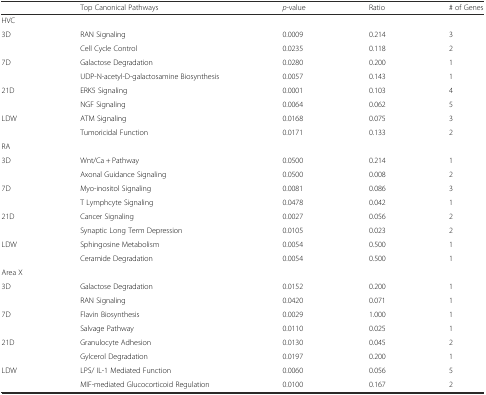
<table><thead><tr><td></td><td><b>Top Canonical Pathways</b></td><td><b><i>p</i>-value</b></td><td><b>Ratio</b></td><td><b># of Genes</b></td></tr></thead><tbody><tr><td colspan="5">HVC</td></tr><tr><td rowspan="2">3D</td><td>RAN Signaling</td><td>0.0009</td><td>0.214</td><td>3</td></tr><tr><td>Cell Cycle Control</td><td>0.0235</td><td>0.118</td><td>2</td></tr><tr><td rowspan="2">7D</td><td>Galactose Degradation</td><td>0.0280</td><td>0.200</td><td>1</td></tr><tr><td>UDP-N-acetyl-D-galactosamine Biosynthesis</td><td>0.0057</td><td>0.143</td><td>1</td></tr><tr><td rowspan="2">21D</td><td>ERK5 Signaling</td><td>0.0001</td><td>0.103</td><td>4</td></tr><tr><td>NGF Signaling</td><td>0.0064</td><td>0.062</td><td>5</td></tr><tr><td rowspan="2">LDW</td><td>ATM Signaling</td><td>0.0168</td><td>0.075</td><td>3</td></tr><tr><td>Tumoricidal Function</td><td>0.0171</td><td>0.133</td><td>2</td></tr><tr><td colspan="5">RA</td></tr><tr><td rowspan="2">3D</td><td>Wnt/Ca + Pathway</td><td>0.0500</td><td>0.214</td><td>1</td></tr><tr><td>Axonal Guidance Signaling</td><td>0.0500</td><td>0.008</td><td>2</td></tr><tr><td rowspan="2">7D</td><td>Myo-inositol Signaling</td><td>0.0081</td><td>0.086</td><td>3</td></tr><tr><td>T Lymphcyte Signaling</td><td>0.0478</td><td>0.042</td><td>1</td></tr><tr><td rowspan="2">21D</td><td>Cancer Signaling</td><td>0.0027</td><td>0.056</td><td>2</td></tr><tr><td>Synaptic Long Term Depression</td><td>0.0105</td><td>0.023</td><td>2</td></tr><tr><td rowspan="2">LDW</td><td>Sphingosine Metabolism</td><td>0.0054</td><td>0.500</td><td>1</td></tr><tr><td>Ceramide Degradation</td><td>0.0054</td><td>0.500</td><td>1</td></tr><tr><td colspan="5">Area X</td></tr><tr><td rowspan="2">3D</td><td>Galactose Degradation</td><td>0.0152</td><td>0.200</td><td>1</td></tr><tr><td>RAN Signaling</td><td>0.0420</td><td>0.071</td><td>1</td></tr><tr><td rowspan="2">7D</td><td>Flavin Biosynthesis</td><td>0.0029</td><td>1.000</td><td>1</td></tr><tr><td>Salvage Pathway</td><td>0.0110</td><td>0.025</td><td>1</td></tr><tr><td rowspan="2">21D</td><td>Granulocyte Adhesion</td><td>0.0130</td><td>0.045</td><td>2</td></tr><tr><td>Gylcerol Degradation</td><td>0.0197</td><td>0.200</td><td>1</td></tr><tr><td rowspan="2">LDW</td><td>LPS/ IL-1 Mediated Function</td><td>0.0060</td><td>0.056</td><td>5</td></tr><tr><td>MIF-mediated Glucocorticoid Regulation</td><td>0.0100</td><td>0.167</td><td>2</td></tr></tbody></table>